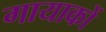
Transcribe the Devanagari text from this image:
गायाकों